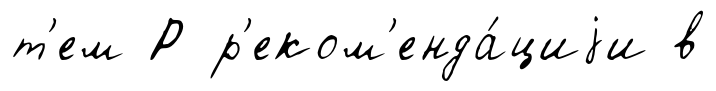
т'ем Р р'еком'енда́циjи в